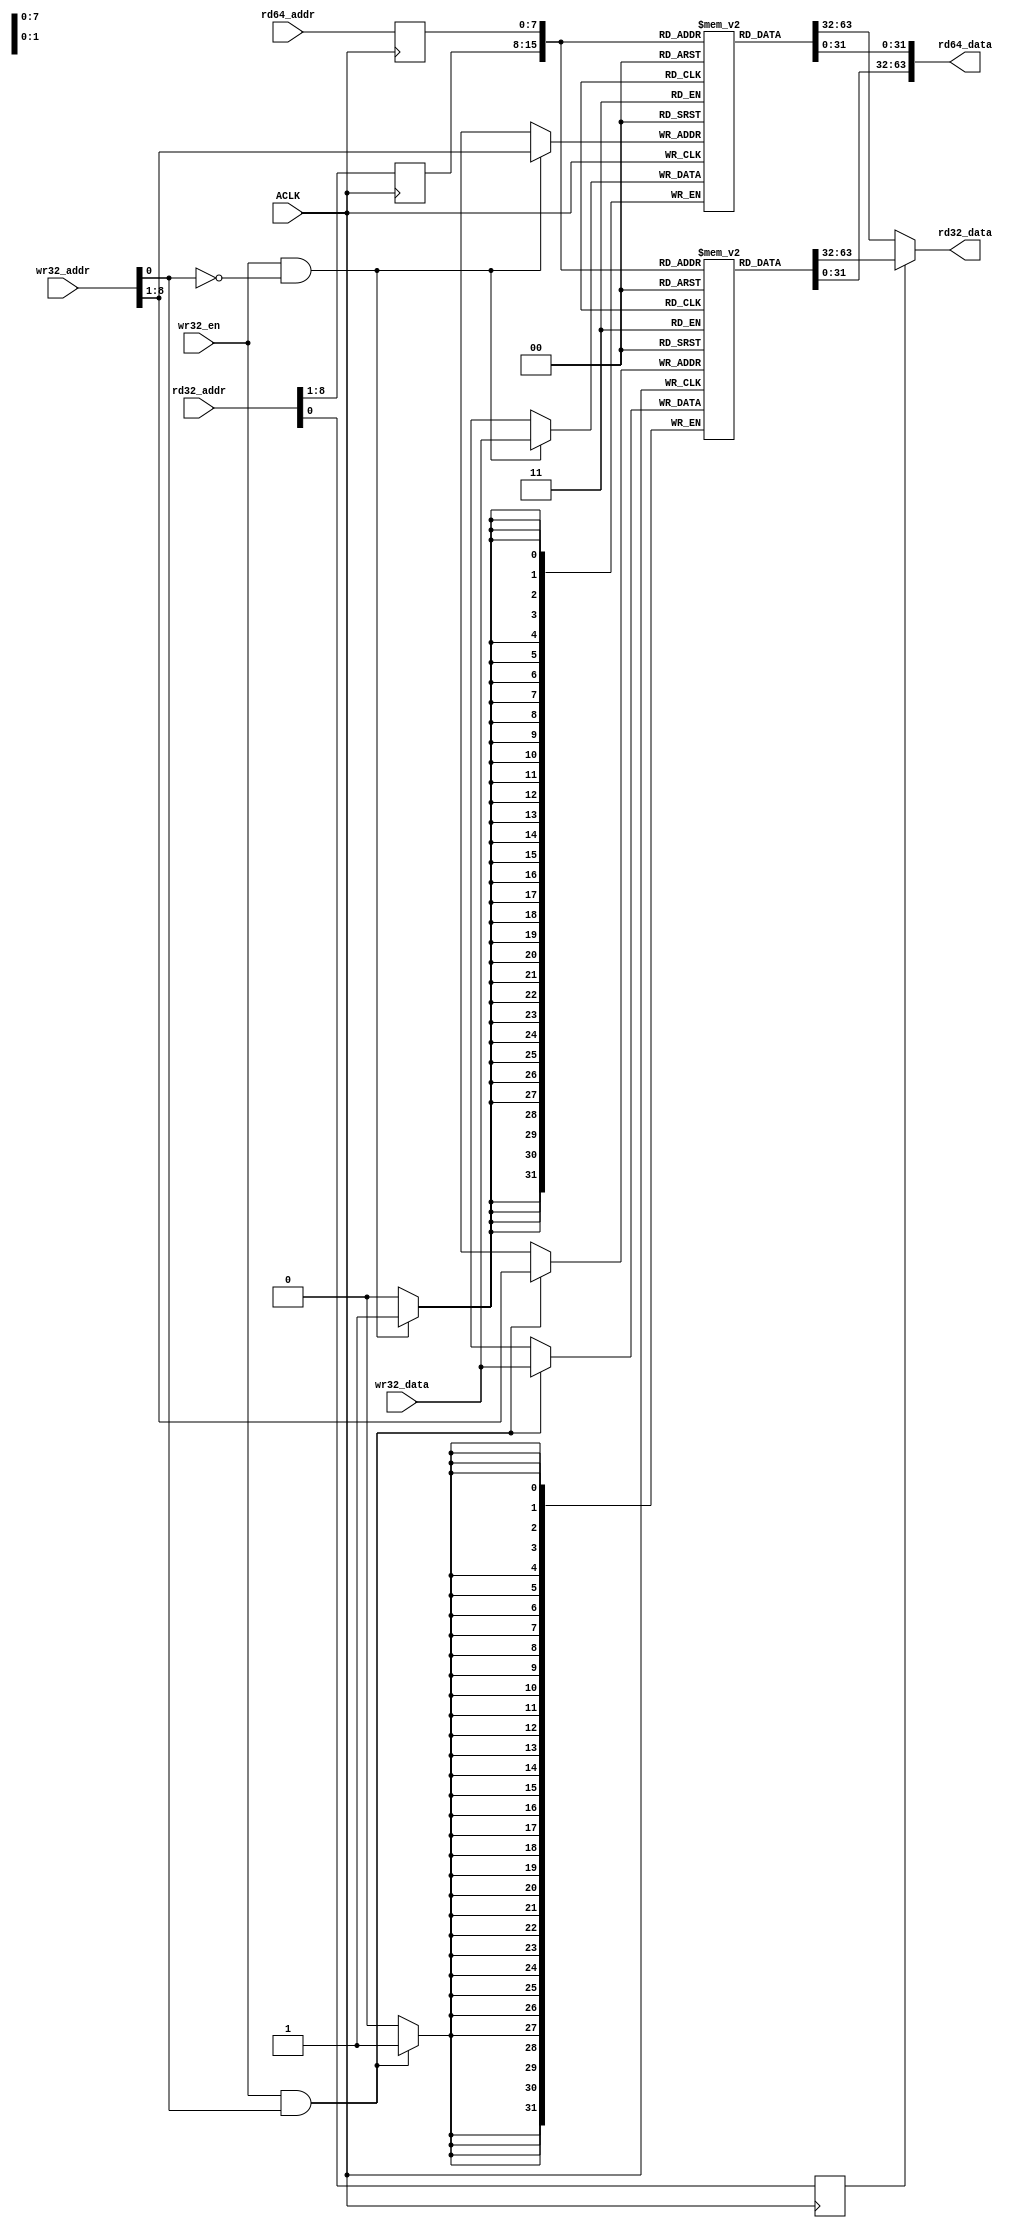
// 64bit x WC_MAX Buffer featuring
//   1x WC_MAX   x 64bit read port
//   1x 2*WC_MAX x 32bit read port
//   1x 2*WC_MAX x 32bit write port

module nf10_axis_memcached_streambuffer #(
   parameter WC_MAX   = 190,
   parameter WC_WIDTH = 8    // must hold WC_MAX-1
) (
   input                 ACLK,

   input  [WC_WIDTH-1:0] rd64_addr,
   output [        63:0] rd64_data,

   input  [  WC_WIDTH:0] rd32_addr,
   output [        31:0] rd32_data,

   input  [  WC_WIDTH:0] wr32_addr,
   input  [        31:0] wr32_data,
   input                 wr32_en
);

reg [31:0] buffer_lo[WC_MAX-1:0];
reg [31:0] buffer_hi[WC_MAX-1:0];

reg [WC_WIDTH-1:0] rd64_addr_reg;
reg [WC_WIDTH-1:0] rd32_addr_reg;
reg                rd32_addr_lsb;

wire [WC_WIDTH-1:0] wr32_a = wr32_addr[WC_WIDTH:1];
wire wr32_lo = wr32_en & ~wr32_addr[0];
wire wr32_hi = wr32_en &  wr32_addr[0];

always @ (posedge ACLK) begin
   if(wr32_lo) buffer_lo[wr32_a] <= wr32_data;
   if(wr32_hi) buffer_hi[wr32_a] <= wr32_data;
   rd64_addr_reg <= rd64_addr;
   rd32_addr_reg <= rd32_addr[WC_WIDTH:1];
   rd32_addr_lsb <= rd32_addr[0];
end

assign rd32_data = rd32_addr_lsb ? buffer_hi[rd32_addr_reg] :
                                   buffer_lo[rd32_addr_reg] ;

assign rd64_data = {buffer_hi[rd64_addr_reg], buffer_lo[rd64_addr_reg]};

endmodule